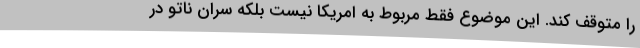
را متوقف کند. این موضوع فقط مربوط به امریکا نیست بلکه سران ناتو در